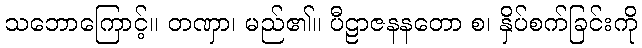
သဘောကြောင့်။ တဏှာ၊ မည်၏။ ပီဠာဇနနတော စ၊ နှိပ်စက်ခြင်းကို